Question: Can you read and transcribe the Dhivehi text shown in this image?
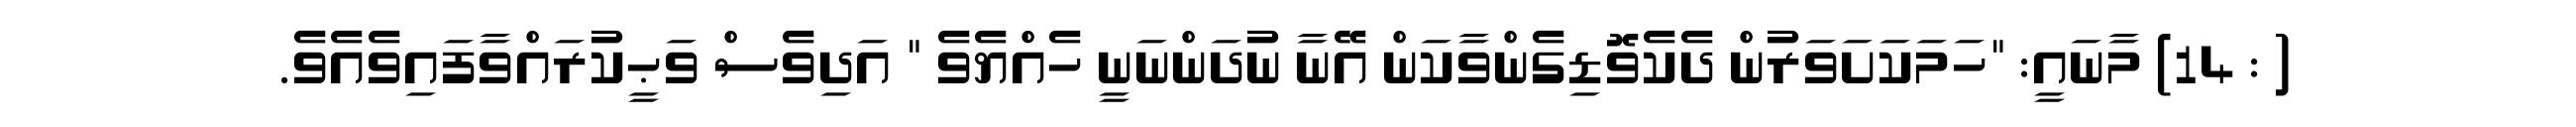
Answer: ( : 14) މާނައީ: "ހަމަކަށަވަރުން ދެކެވޮޑިގެންވާކަން އޭނާ ނުދަންނަނީ ހެއްޔެވެ " އަދިވެސް ވަޙީކުރައްވާފައިވެއެވެ.